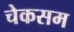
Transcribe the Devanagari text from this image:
चेकसम